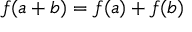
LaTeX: f ( a + b ) = f ( a ) + f ( b )